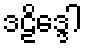
ဒဠိဒ္ဒေါ